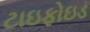
ટાઇફોઇડ